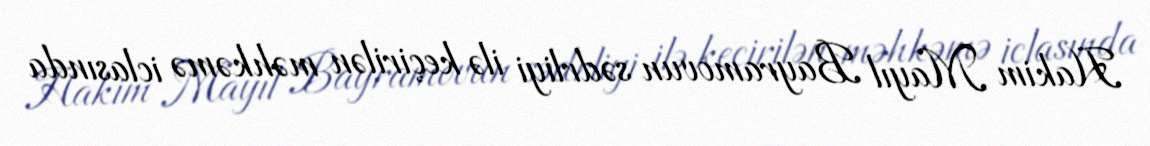
Hakim Mayıl Bayramovun sədrliyi ilə keçirilən məhkəmə iclasında